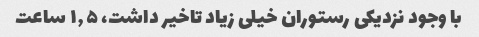
با وجود نزدیکی رستوران خیلی زیاد تاخیر داشت، ۱٫۵ ساعت